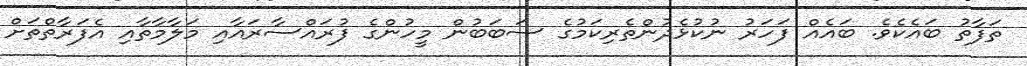
ތަފާތު ބައެކެވެ. ބައެއް ފަހަރު ނުކުޅެދުންތެރިކަމުގެ ސަބަބުން މީހުންގެ ފުރައްސާރައާއި މަލާމާތާއި އެފަރާތްތަށް